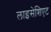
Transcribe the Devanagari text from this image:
लाइसेशिएट